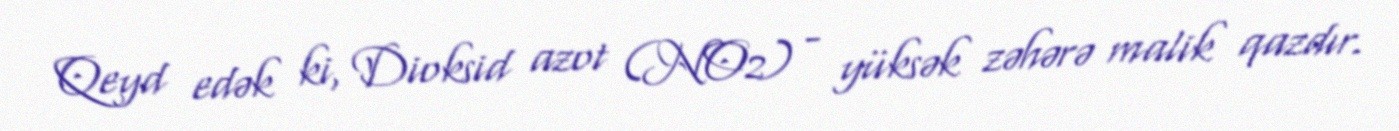
Qeyd edək ki, Dioksid azot (NO2) - yüksək zəhərə malik qazdır.